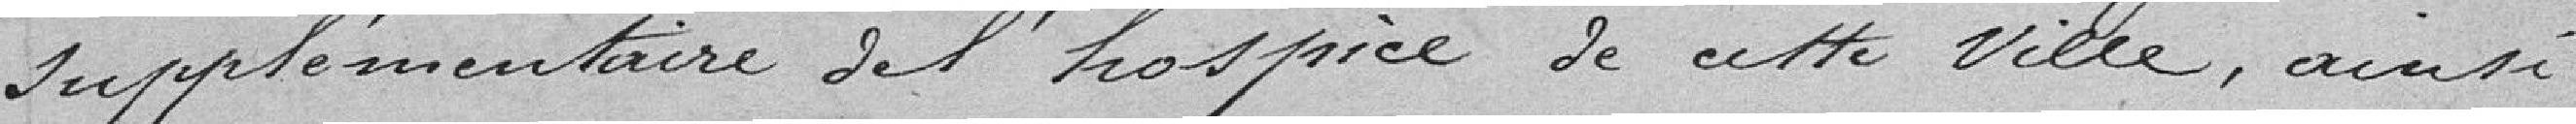
supplémentaire de l'hospice de cette Ville, ainsi